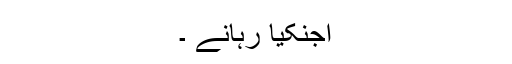
اجنکیا رہانے ۔